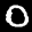
Label: 0